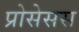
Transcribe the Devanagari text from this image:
प्रोसेसस